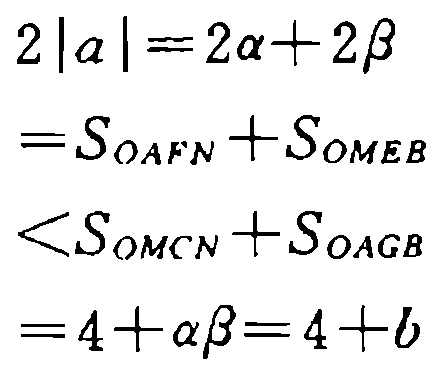
\[
\begin{align*}
2|\alpha|&=2\alpha + 2\beta\\
&=S_{OAFN}+S_{OMEB}\\
&<S_{OMCN}+S_{OAGB}\\
&=4+\alpha\beta = 4 + b
\end{align*}
\]